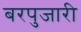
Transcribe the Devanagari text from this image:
बरपुजारी